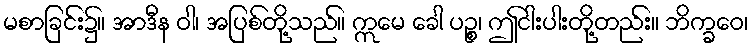
မစာခြင်း၌။ အာဒီန ဝါ၊ အပြစ်တို့သည်။ ဣမေ ခေါ ပဉ္စ၊ ဤငါးပါးတို့တည်း။ ဘိက္ခဝေ၊